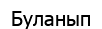
Буланып